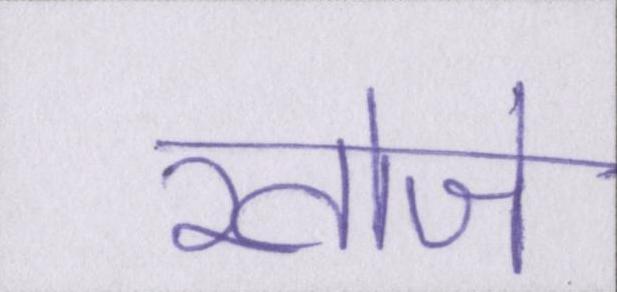
खोजे